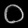
Digit: ၀